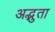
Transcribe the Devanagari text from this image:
अद्भुता